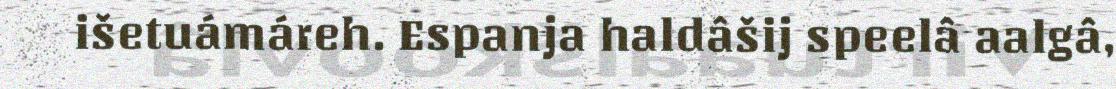
išetuámáreh. Espanja haldâšij speelâ aalgâ,